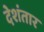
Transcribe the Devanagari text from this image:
देशंतार